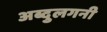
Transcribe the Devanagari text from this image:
अब्दुलगनी